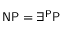
{ \mathsf { N P } } = \exists ^ { \mathsf { P } } { \mathsf { P } }